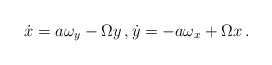
\begin{align*} \dot x = a \omega_y -\Omega y \,, \dot y = -a \omega_x + \Omega x \,.\end{align*}